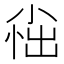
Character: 𫵀